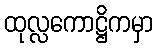
ထုလ္လကောဋ္ဌိကမှာ